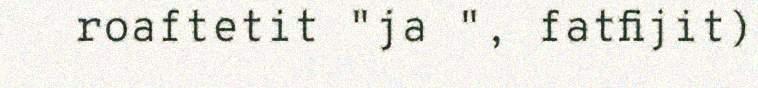
roaftetit "ja ", fatfijit)